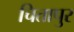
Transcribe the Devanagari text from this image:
चितापुर